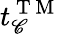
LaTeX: t_{\mathscr{C}}^{\mathrm{{~T~M~}}}